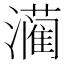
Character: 𮳙